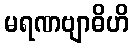
မရဏဗျာဓိဟိ